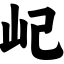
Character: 屺